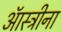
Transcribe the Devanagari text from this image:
ऑस्ट्रीना